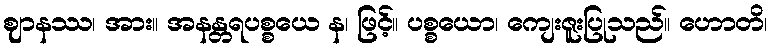
ဈာနဿ၊ အား။ အနန္တရပစ္စယေ န၊ ဖြင့်။ ပစ္စယော၊ ကျေးဇူးပြုသည်။ ဟောတိ၊